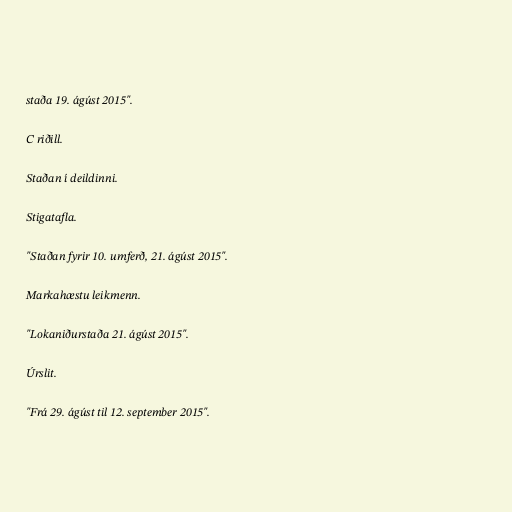
staða 19. ágúst 2015".

C riðill.

Staðan í deildinni.

Stigatafla.

"Staðan fyrir 10. umferð, 21. ágúst 2015".

Markahæstu leikmenn.

"Lokaniðurstaða 21. ágúst 2015".

Úrslit.

"Frá 29. ágúst til 12. september 2015".